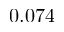
0 . 0 7 4